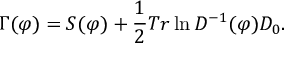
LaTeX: \Gamma ( \varphi ) = S ( \varphi ) + \frac { 1 } { 2 } T r \ln D ^ { - 1 } ( \varphi ) D _ { 0 } .